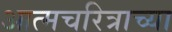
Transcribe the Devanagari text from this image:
आत्मचरित्राच्या